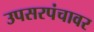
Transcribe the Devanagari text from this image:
उपसरपंचावर